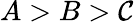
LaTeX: A>B>\mathcal{C}